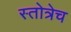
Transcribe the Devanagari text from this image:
स्तोत्रेच